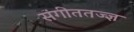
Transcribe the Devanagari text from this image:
संगीततज्ज्ञ